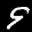
Label: 9